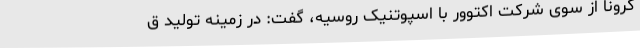
کرونا از سوی شرکت اکتوور با اسپوتنیک روسیه، گفت: در زمینه تولید ق